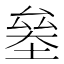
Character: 𠬁